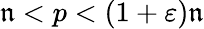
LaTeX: \mathfrak{n}<p<(1+\varepsilon)\mathfrak{n}